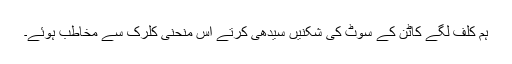
ہم کلف لگے کاٹن کے سوٹ کی شکنیں سیدھی کرتے اس منحنی کلرک سے مخاطب ہوئے۔